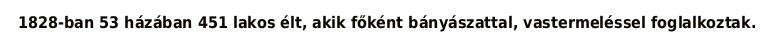
1828-ban 53 házában 451 lakos élt, akik főként bányászattal, vastermeléssel foglalkoztak.